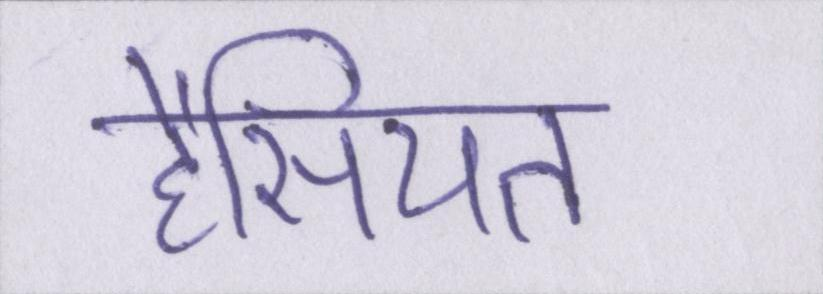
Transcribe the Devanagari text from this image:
हैसियत